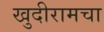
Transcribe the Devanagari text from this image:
खुदीरामचा